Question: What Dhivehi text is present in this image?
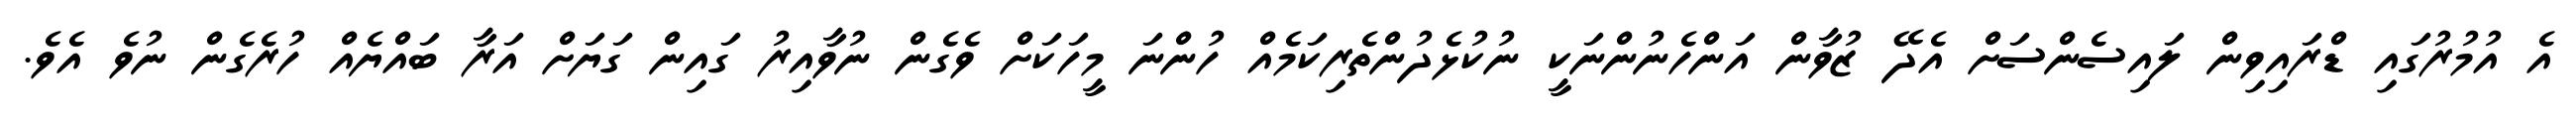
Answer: އެ އުމުރުގައި ޑްރައިވިން ލައިސެންސަށް އެދޭ ޒުވާން އަންހެނުންނަކީ ނުކުޅެދުންތެރިކަމެއް ހުންނަ މީހަކަށް ވެގެން ނުވާއިރު ގައިން ގަޔަށް އަރާ ބައްޔެއް ހުރެގެން ނުވެ އެވެ.